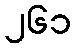
၂၆၁